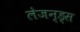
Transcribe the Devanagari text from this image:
लेजन्ड्स